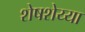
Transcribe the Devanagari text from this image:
शेषशेय्या